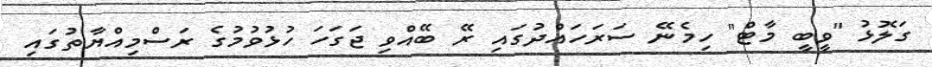
ގަލޮޅު "ވީބީ މާޓް" ހިމެނޭ ސަރަހައްދުގައި ރޭ ބޭއްވި ޖަގަހަ ހުޅުވުމުގެ ރަސްމިއްޔާތުގައި